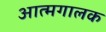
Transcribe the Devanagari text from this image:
आत्मगालक